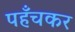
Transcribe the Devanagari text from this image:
पहँचकर